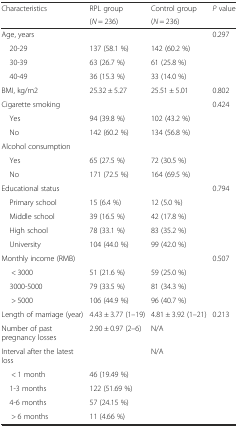
<table><thead><tr><td><b>Characteristics</b></td><td><b>RPL group</b></td><td><b>Control group</b></td><td><b><i>P</i> value</b></td></tr><tr><td></td><td><b>(<i>N</i> = 236)</b></td><td><b>(<i>N</i> = 236)</b></td><td></td></tr></thead><tbody><tr><td>Age, years</td><td></td><td></td><td>0.297</td></tr><tr><td> 20-29</td><td>137 (58.1 %)</td><td>142 (60.2 %)</td><td></td></tr><tr><td> 30-39</td><td>63 (26.7 %)</td><td>61 (25.8 %)</td><td></td></tr><tr><td> 40-49</td><td>36 (15.3 %)</td><td>33 (14.0 %)</td><td></td></tr><tr><td>BMI, kg/m2</td><td>25.32 ± 5.27</td><td>25.51 ± 5.01</td><td>0.802</td></tr><tr><td>Cigarette smoking</td><td></td><td></td><td>0.424</td></tr><tr><td> Yes</td><td>94 (39.8 %)</td><td>102 (43.2 %)</td><td></td></tr><tr><td> No</td><td>142 (60.2 %)</td><td>134 (56.8 %)</td><td></td></tr><tr><td>Alcohol consumption</td><td></td><td></td><td></td></tr><tr><td> Yes</td><td>65 (27.5 %)</td><td>72 (30.5 %)</td><td></td></tr><tr><td> No</td><td>171 (72.5 %)</td><td>164 (69.5 %)</td><td></td></tr><tr><td>Educational status</td><td></td><td></td><td>0.794</td></tr><tr><td> Primary school</td><td>15 (6.4 %)</td><td>12 (5.0 %)</td><td></td></tr><tr><td> Middle school</td><td>39 (16.5 %)</td><td>42 (17.8 %)</td><td></td></tr><tr><td> High school</td><td>78 (33.1 %)</td><td>83 (35.2 %)</td><td></td></tr><tr><td> University</td><td>104 (44.0 %)</td><td>99 (42.0 %)</td><td></td></tr><tr><td>Monthly income (RMB)</td><td></td><td></td><td>0.507</td></tr><tr><td>&lt; 3000</td><td>51 (21.6 %)</td><td>59 (25.0 %)</td><td></td></tr><tr><td> 3000-5000</td><td>79 (33.5 %)</td><td>81 (34.3 %)</td><td></td></tr><tr><td>&gt; 5000</td><td>106 (44.9 %)</td><td>96 (40.7 %)</td><td></td></tr><tr><td>Length of marriage (year)</td><td>4.43 ± 3.77 (1–19)</td><td>4.81 ± 3.92 (1–21)</td><td>0.213</td></tr><tr><td>Number of past pregnancy losses</td><td>2.90 ± 0.97 (2–6)</td><td>N/A</td><td></td></tr><tr><td>Interval after the latest loss</td><td></td><td>N/A</td><td></td></tr><tr><td>&lt; 1 month</td><td>46 (19.49 %)</td><td></td><td></td></tr><tr><td> 1-3 months</td><td>122 (51.69 %)</td><td></td><td></td></tr><tr><td> 4-6 months</td><td>57 (24.15 %)</td><td></td><td></td></tr><tr><td>&gt; 6 months</td><td>11 (4.66 %) </td><td></td><td></td></tr></tbody></table>